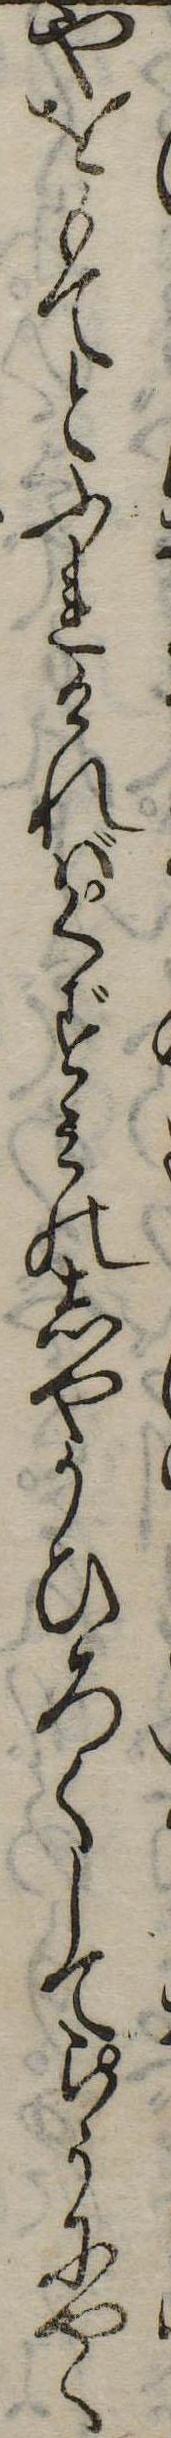
やをもてとふれければくずみのしやうひろくしてらうにやく